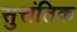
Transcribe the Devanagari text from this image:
सुत्तंतिक